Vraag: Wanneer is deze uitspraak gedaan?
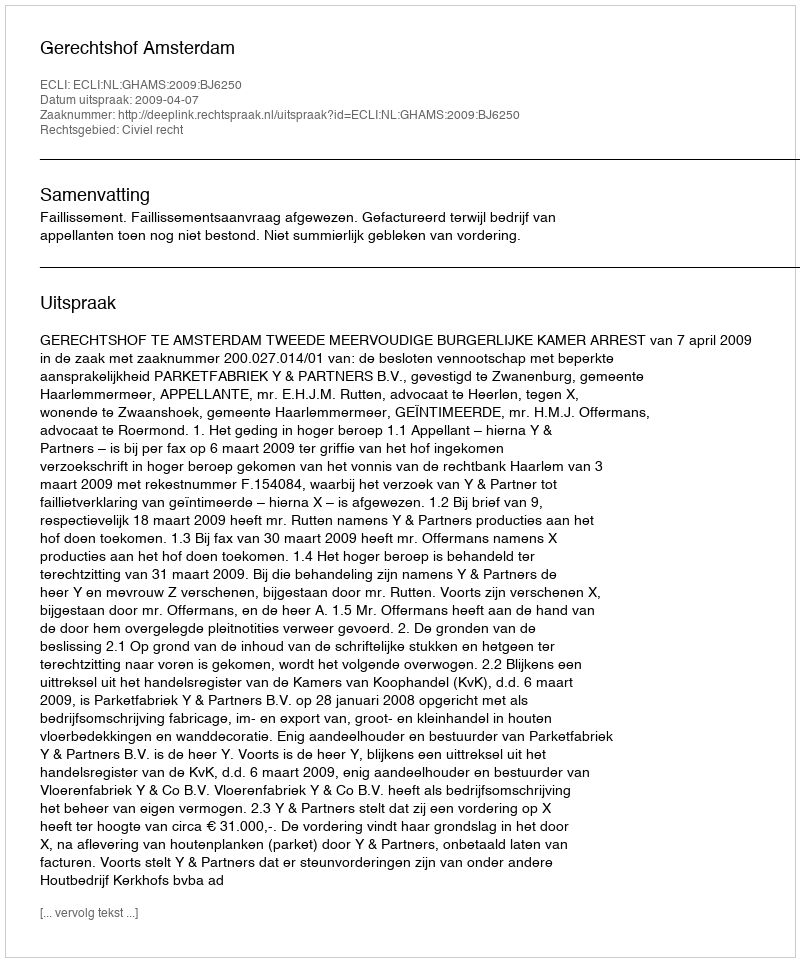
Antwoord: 2009-04-07